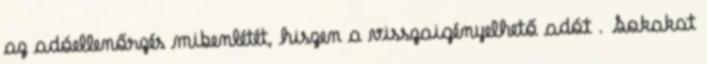
az adóellenőrzés mibenlétét, hiszen a visszaigényelhető adót . Sokakat